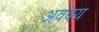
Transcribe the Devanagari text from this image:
अववय